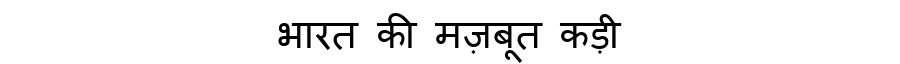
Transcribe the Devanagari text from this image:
भारत की मज़बूत कड़ी